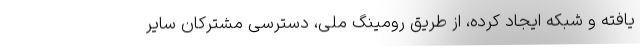
یافته و شبکه ایجاد کرده، از طریق رومینگ ملی، دسترسی مشترکان سایر